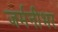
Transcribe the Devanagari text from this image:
जर्मनीभर